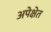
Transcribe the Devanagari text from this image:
अपेक्षेत